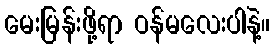
မေးမြန်းဖို့ရာ ဝန်မလေးပါနဲ့။